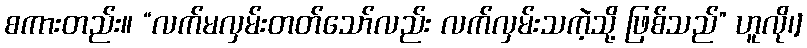
စကားတည်း။ “လက်မလှမ်းတတ်သော်လည်း လက်လှမ်းသကဲ့သို့ ဖြစ်သည်” ဟူလို၊]